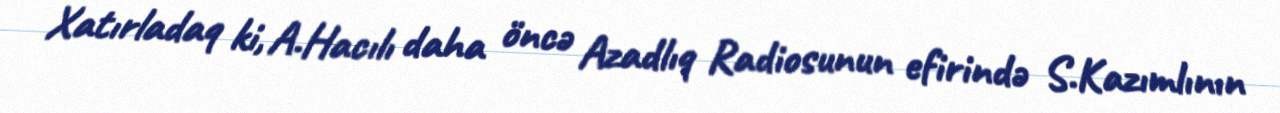
Xatırladaq ki, A.Hacılı daha öncə Azadlıq Radiosunun efirində S.Kazımlının